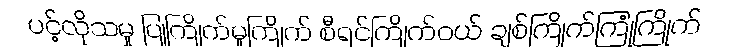
ပင့်လိုသမှု ပြုကြိုက်မူကြိုက် စီရင်ကြိုက်ဝယ် ချစ်ကြိုက်ကြုံကြိုက်